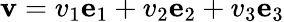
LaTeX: \mathbf{v}=v_{1}\mathbf{e}_{1}+v_{2}\mathbf{e}_{2}+v_{3}\mathbf{e}_{3}